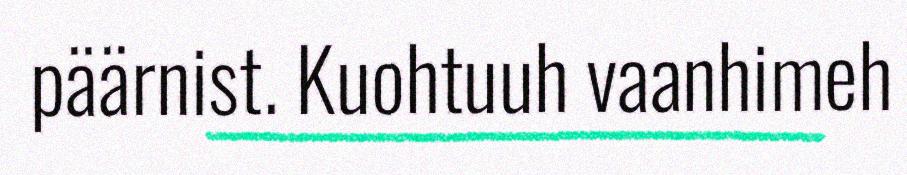
päärnist. Kuohtuuh vaanhimeh